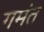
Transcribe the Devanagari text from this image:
गमंत